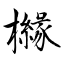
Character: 櫞